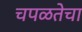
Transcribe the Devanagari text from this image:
चपळतेचा